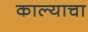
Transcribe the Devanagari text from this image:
काल्याचा